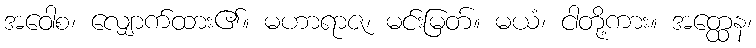
အဝေါစ၊ လျှောက်ထား၏။ မဟာရာဇ၊ မင်းမြတ်။ မယံ၊ ငါတို့ကား။ အတ္ထေန၊